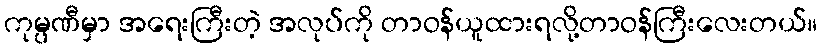
ကုမ္ပဏီမှာ အရေးကြီးတဲ့ အလုပ်ကို တာဝန်ယူထားရလို့တာဝန်ကြီးလေးတယ်။